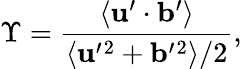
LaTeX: \Upsilon=\frac{\langle{{\mathbf{u}}^{\prime}\cdot{\mathbf{b}}^{\prime}}\rangle}{\langle{{\mathbf{u}}^{\prime}{}^{2}+{\mathbf{b}}^{\prime}{}^{2}}\rangle/2},